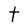
Character: t